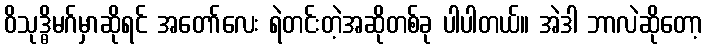
ဝိသုဒ္ဓိမဂ်မှာဆိုရင် အတော်လေး ရဲတင်းတဲ့အဆိုတစ်ခု ပါပါတယ်။ အဲဒါ ဘာလဲဆိုတော့